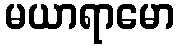
မယာရာမော